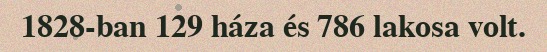
1828-ban 129 háza és 786 lakosa volt.